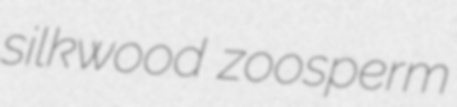
silkwood zoosperm